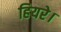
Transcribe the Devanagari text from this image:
हियरे।